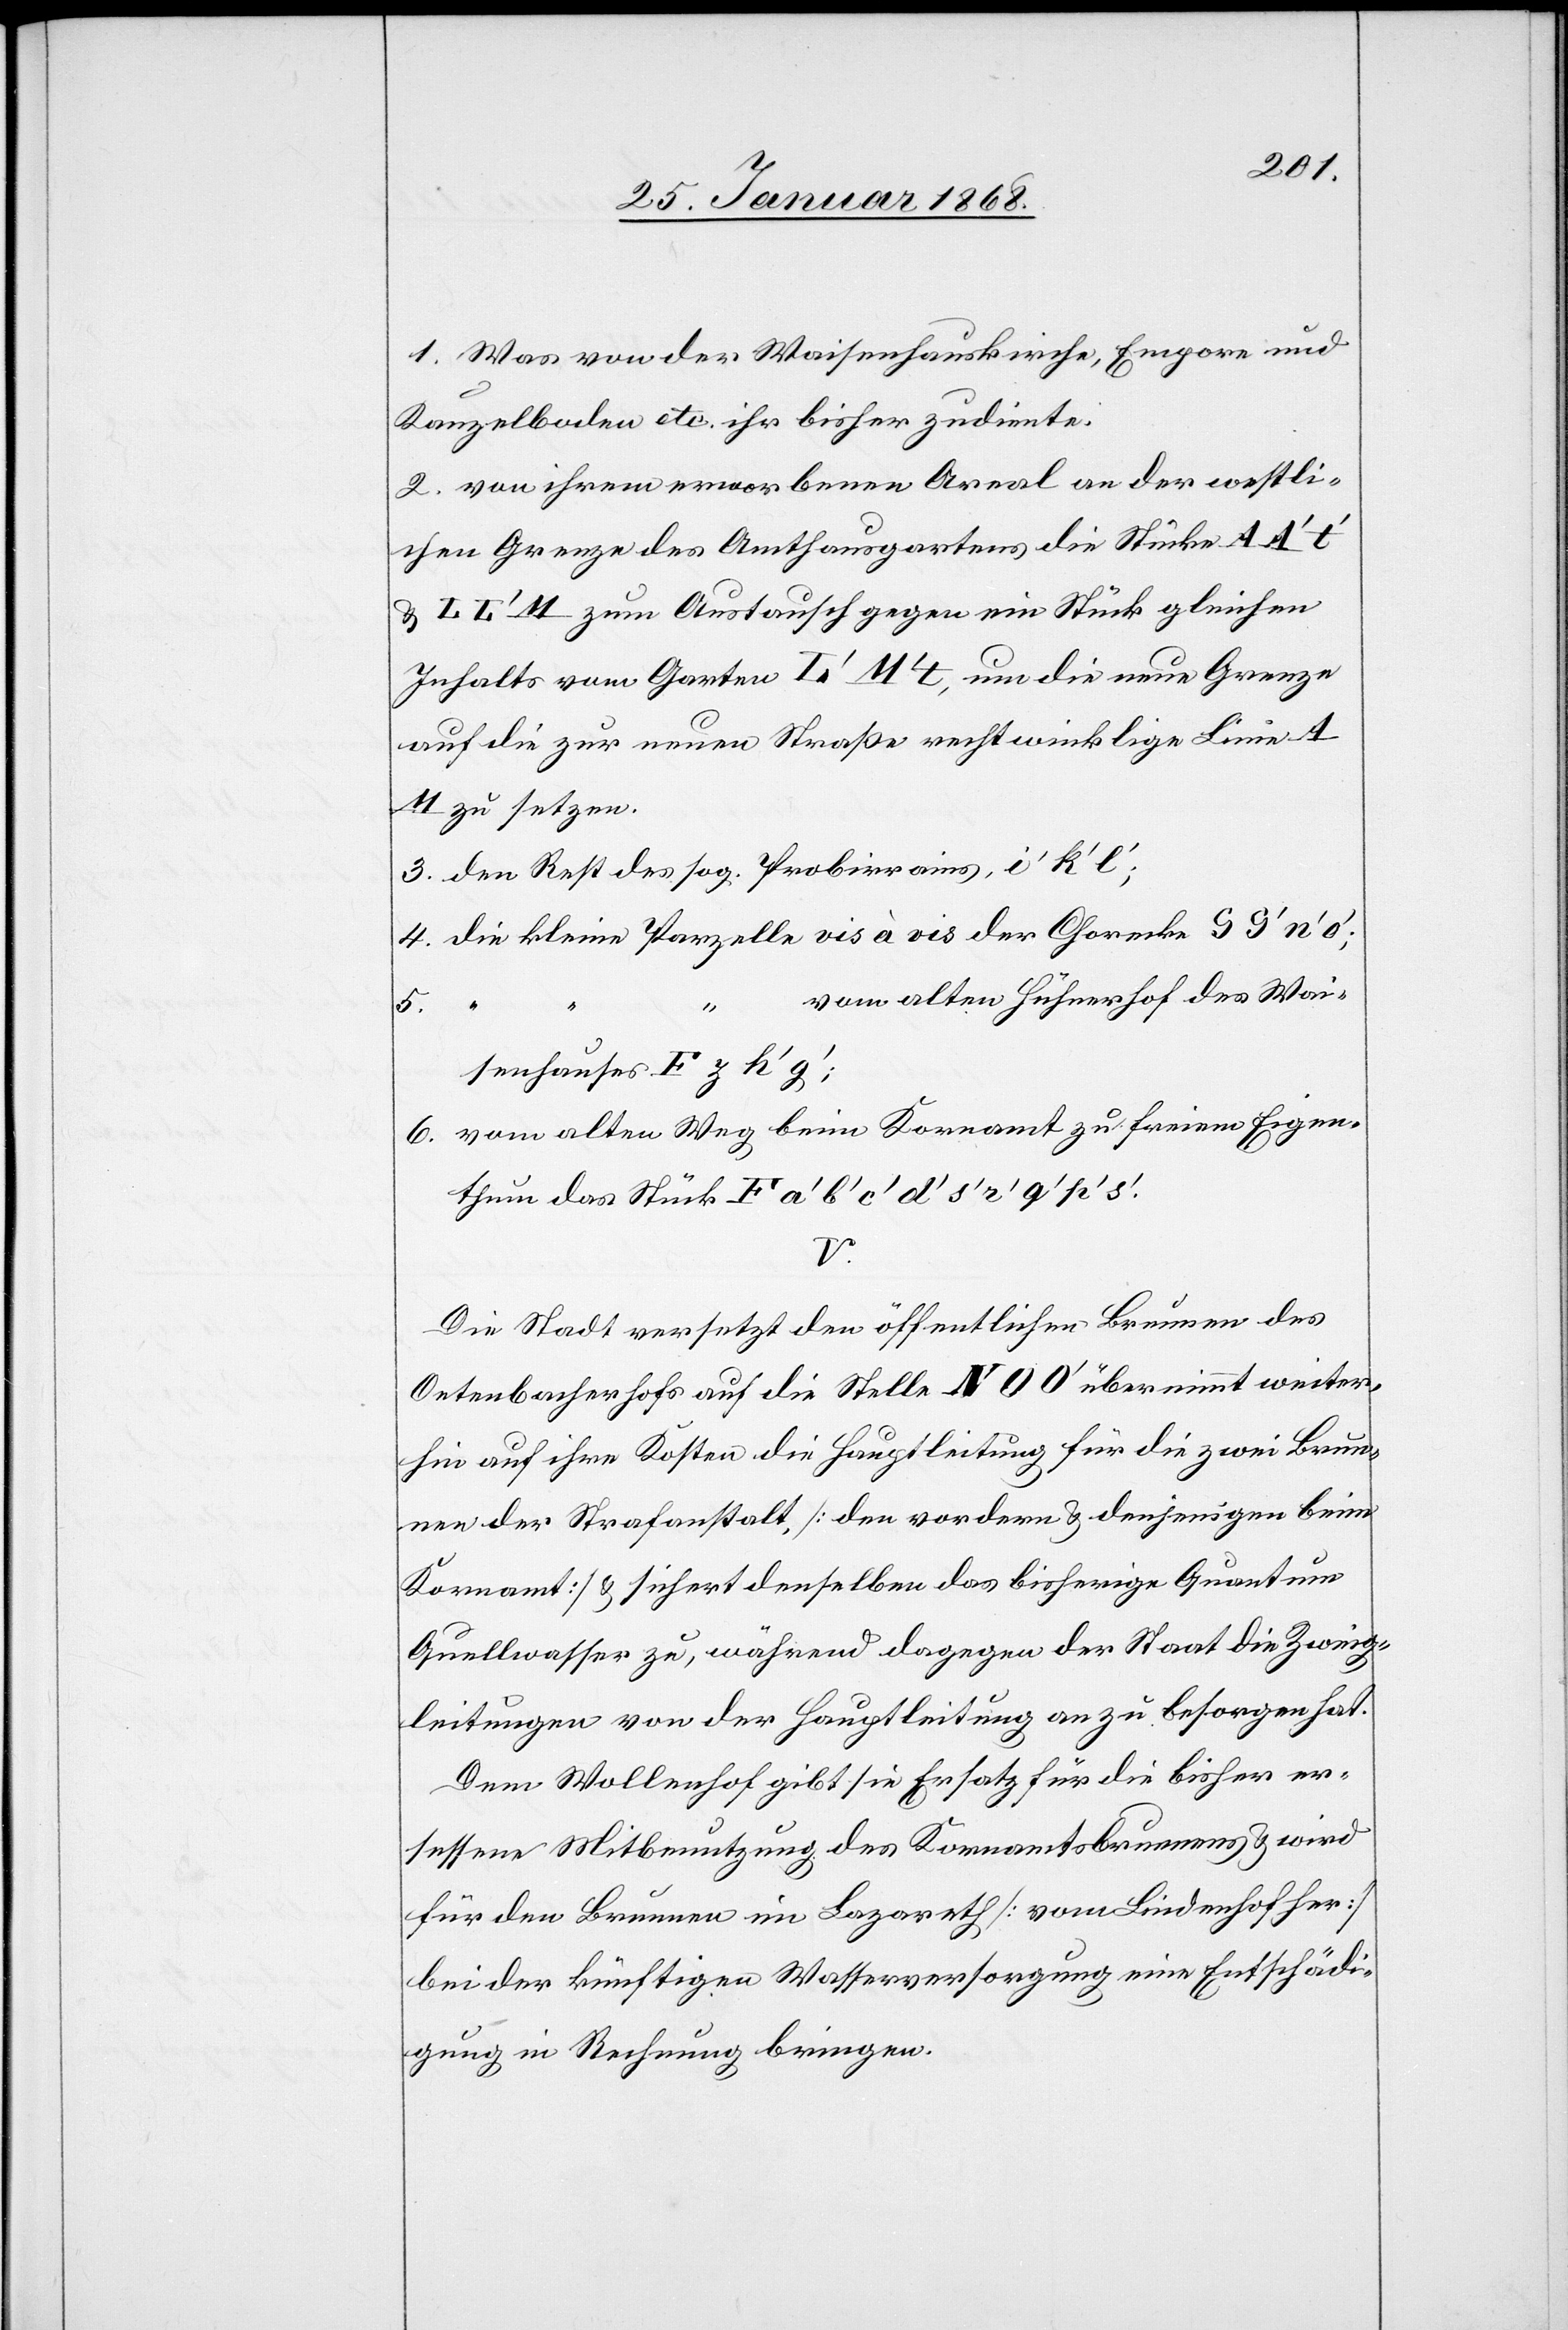
Was von der Waisenhauskirche, Empore und
Kanzelboden etc. ihr bisher zudiente.
von ihrem erworbenen Areal an der westli¬
chen Grenze des Amthausgartens die Stücke A A‘ t‘
& L L‘ M zum Austausch gegen ein Stück gleichen
Inhalts vom Garten L‘ M‘ t, um die neue Grenze
auf die zur neuen Straße rechtwinklige Linie A
M zu setzen.
den Rest des sog. Probirrains, i‘ k‘ l‘;
die kleine Parzelle vis à vis der Chorecke [?S
vom alten Hühnerhof des Wai¬
1.
5.
senhauses F z h‘ g‘;
vom alten Weg beim Kornamt zu freiem Eigen¬
thum das Stück F a‘ b‘ c‘ d‘ s‘ r‘
V.
Die Stadt versetzt den öffentlichen Brunnen des
Oetenbacherhofs auf die Stelle N O O‘ übernimmt weiter¬
hin auf ihre Kosten die Hauptleitung für die zwei Brun¬
nen der Strafanstalt, [den vordern & denjenigen beim
Kornamt] & sichert denselben das bisherige Quantum
Quellwasser zu, während dagegen der Staat die Zweig¬
leitungen von der Hauptleitung an zu besorgen hat.
Dem Wollenhof gibt sie Ersatz für die bisher er¬
sessene Mitbenutzung des Kornamtsbrunnens & wird
für den Brunnen im Lazareth [vom Lindenhof her]
bei der künftigen Wasserversorgung eine Entschädi¬
gung in Rechnung bringen.